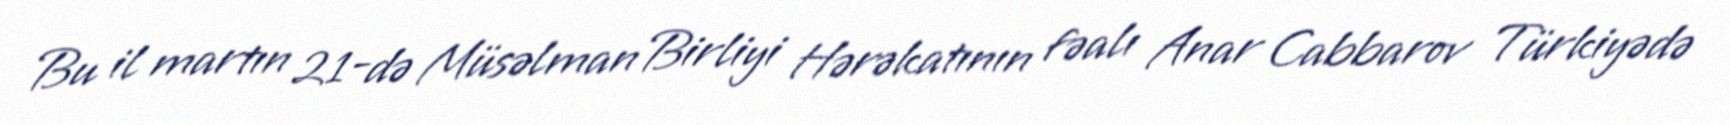
Bu il martın 21-də Müsəlman Birliyi Hərəkatının fəalı Anar Cabbarov Türkiyədə